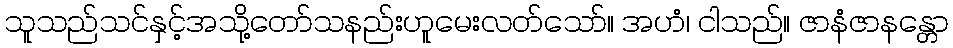
သူသည်သင်နှင့်အသို့တော်သနည်းဟူမေးလတ်သော်။ အဟံ၊ ငါသည်။ ဇာနံဇာနန္တော